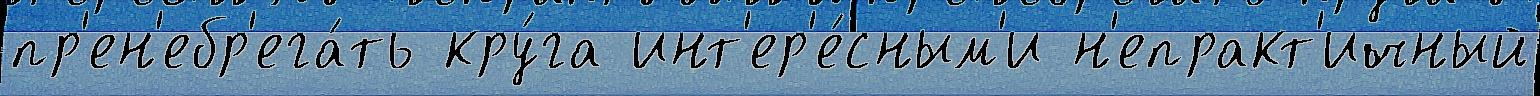
пр'ен'ебр'ега́ть кру́га инт'ер'е́сным'и н'епракт'ичный